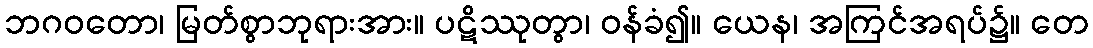
ဘဂဝတော၊ မြတ်စွာဘုရားအား။ ပဋိဿုတွာ၊ ဝန်ခံ၍။ ယေန၊ အကြင်အရပ်၌။ တေ